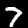
Digit: 7